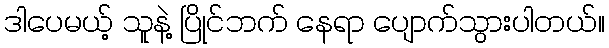
ဒါပေမယ့် သူနဲ့ ပြိုင်ဘက် နေရာ ပျောက်သွားပါတယ်။